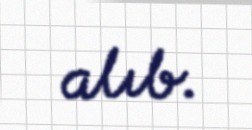
alıb.